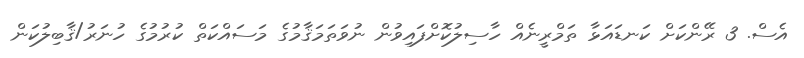
އެސް. 3 ރޭންކަށް ކަނޑައަޅާ ތަމްރީނެއް ހާސިލުކޮށްފައިވުން ނުވަތަމަޤާމުގެ މަސައްކަތް ކުރުމުގެ ހުނަރު/ޤާބިލުކަން